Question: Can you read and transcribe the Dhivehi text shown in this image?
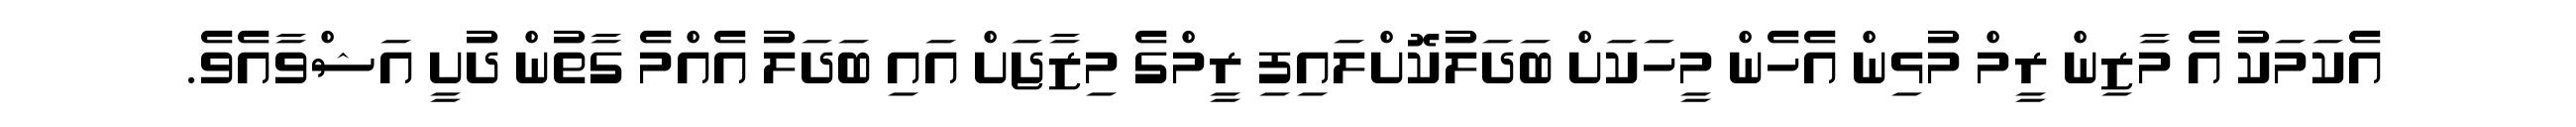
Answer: އެކަމަކު އެ މާޒިން ރީމް މުޅިން އެހެން މީހަކަށް ބަދަލުކޮށްލައިފި ރީމްގެ މިޒާޖަށް އައި ބަދަލު އެއްމެ ގާތުން ދުށީ އަޝްވާއެވެ.